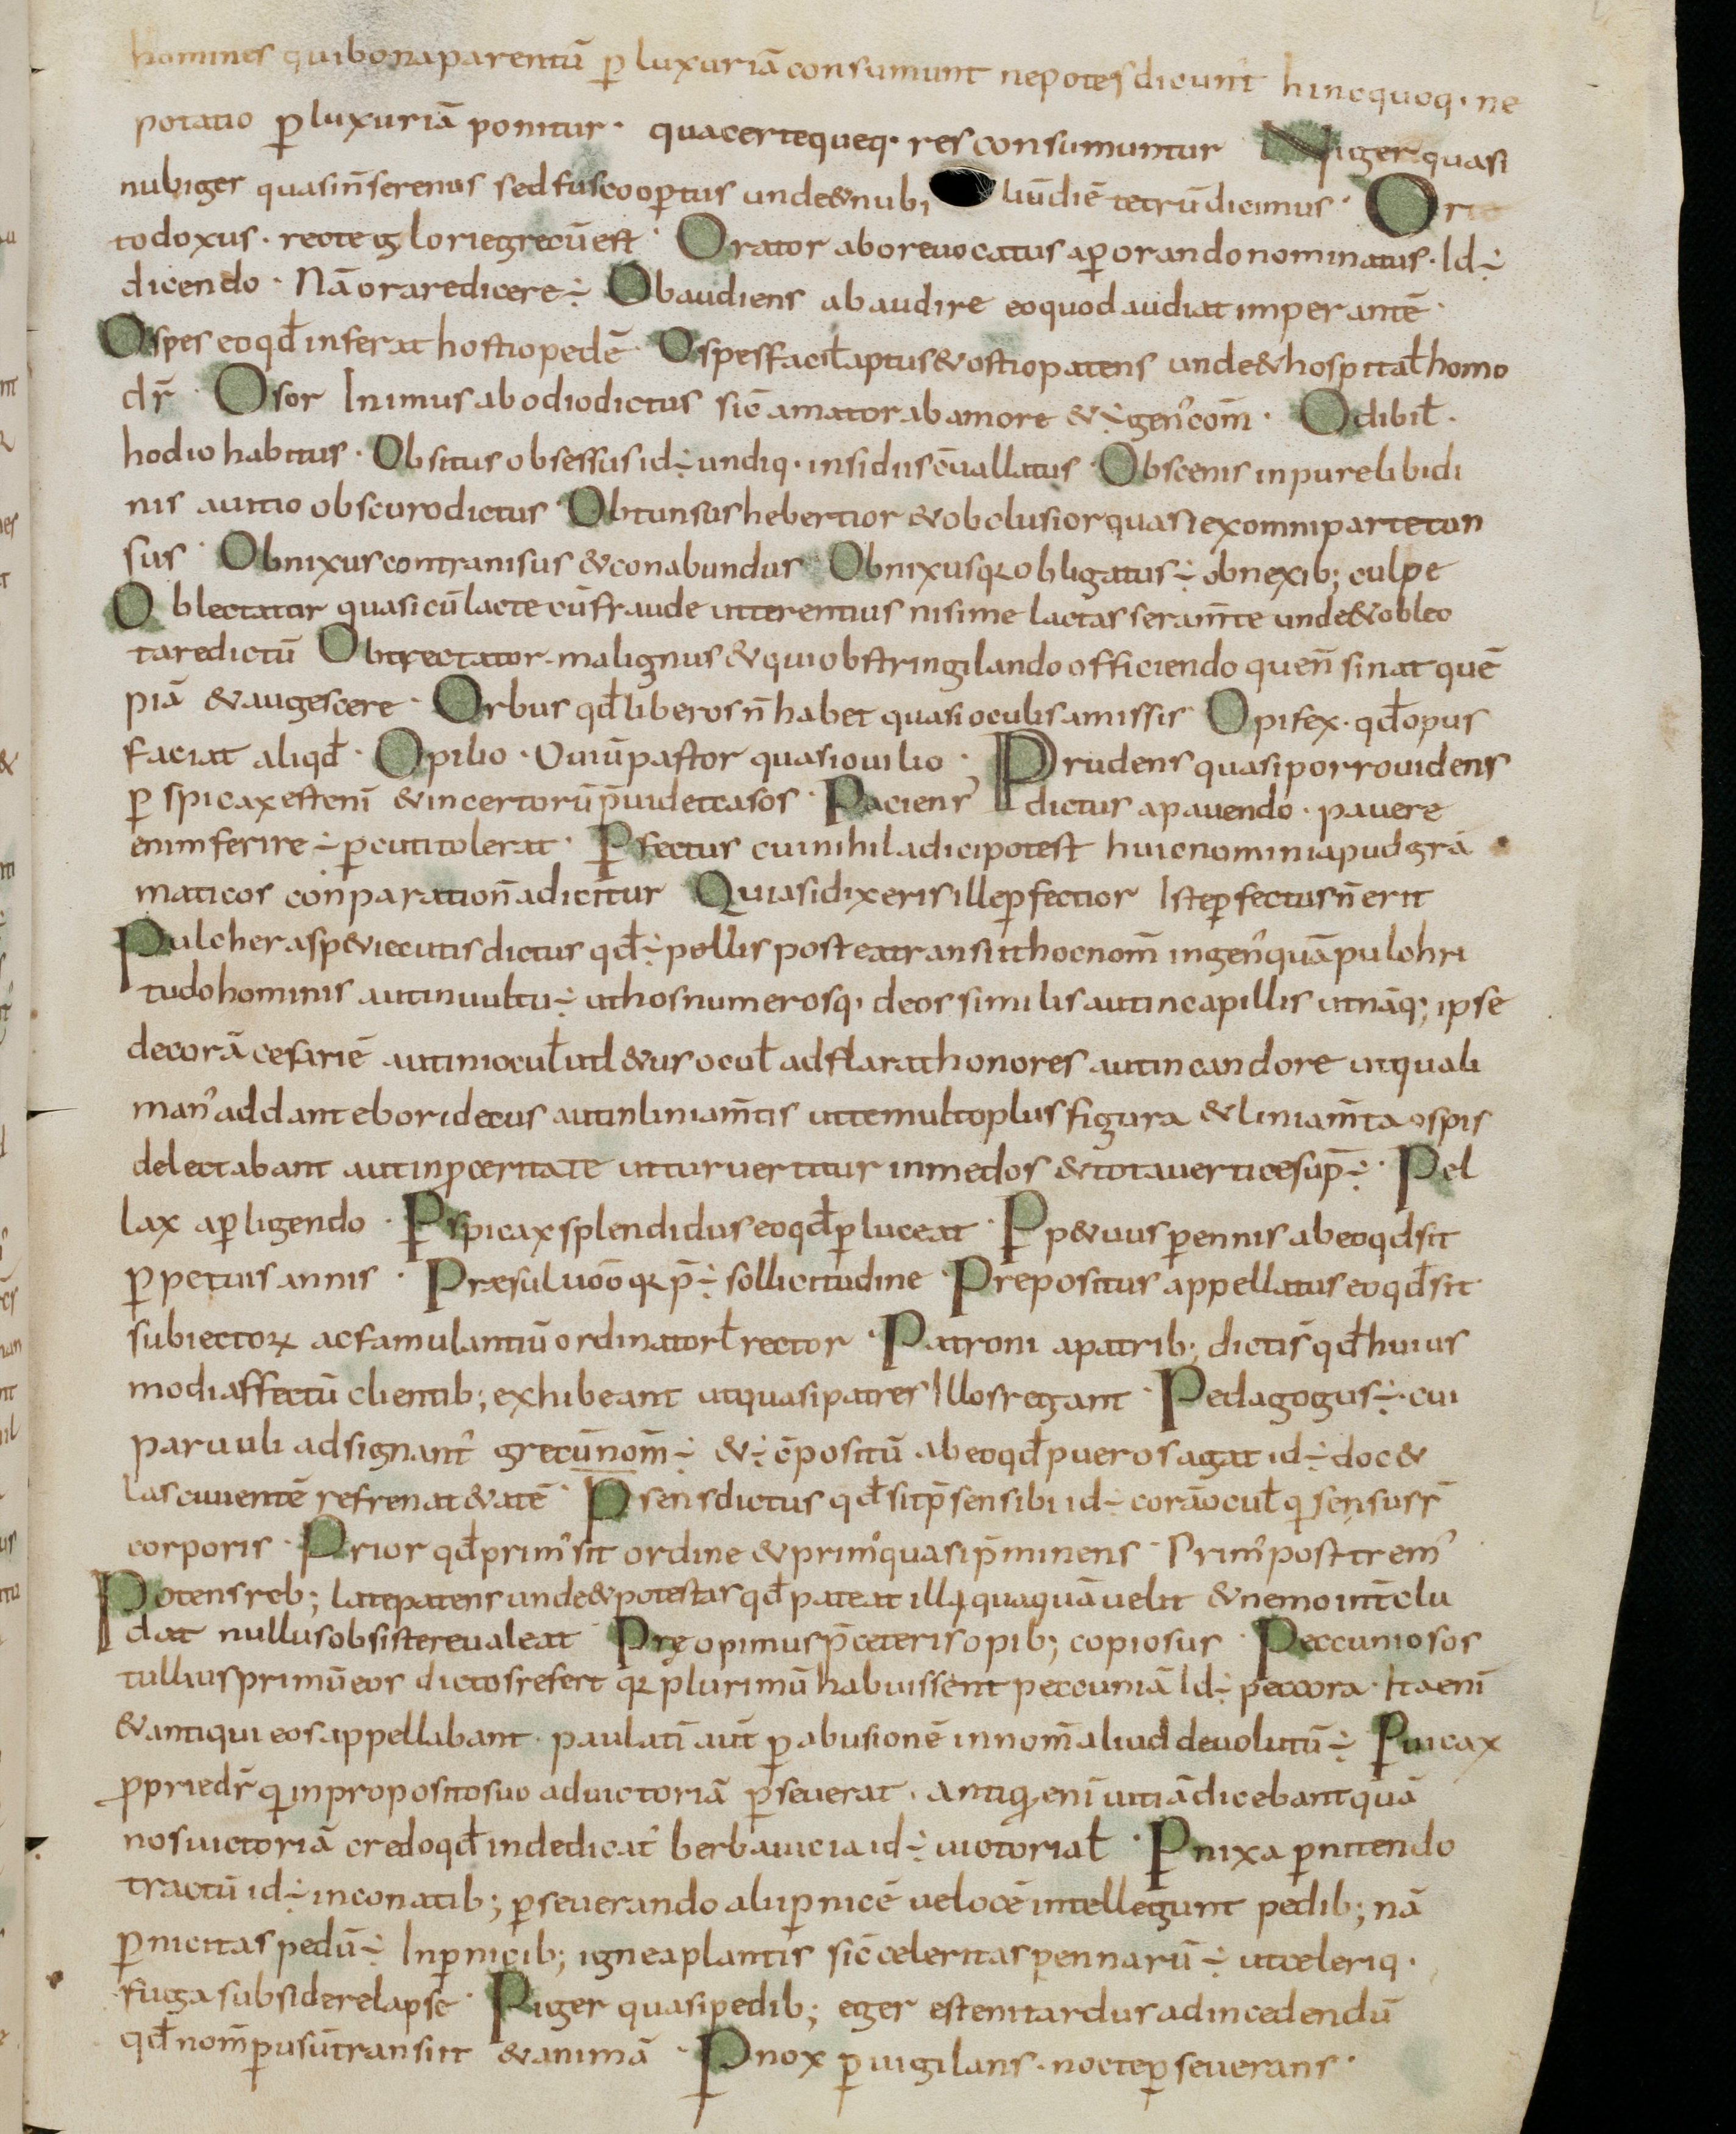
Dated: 800–899